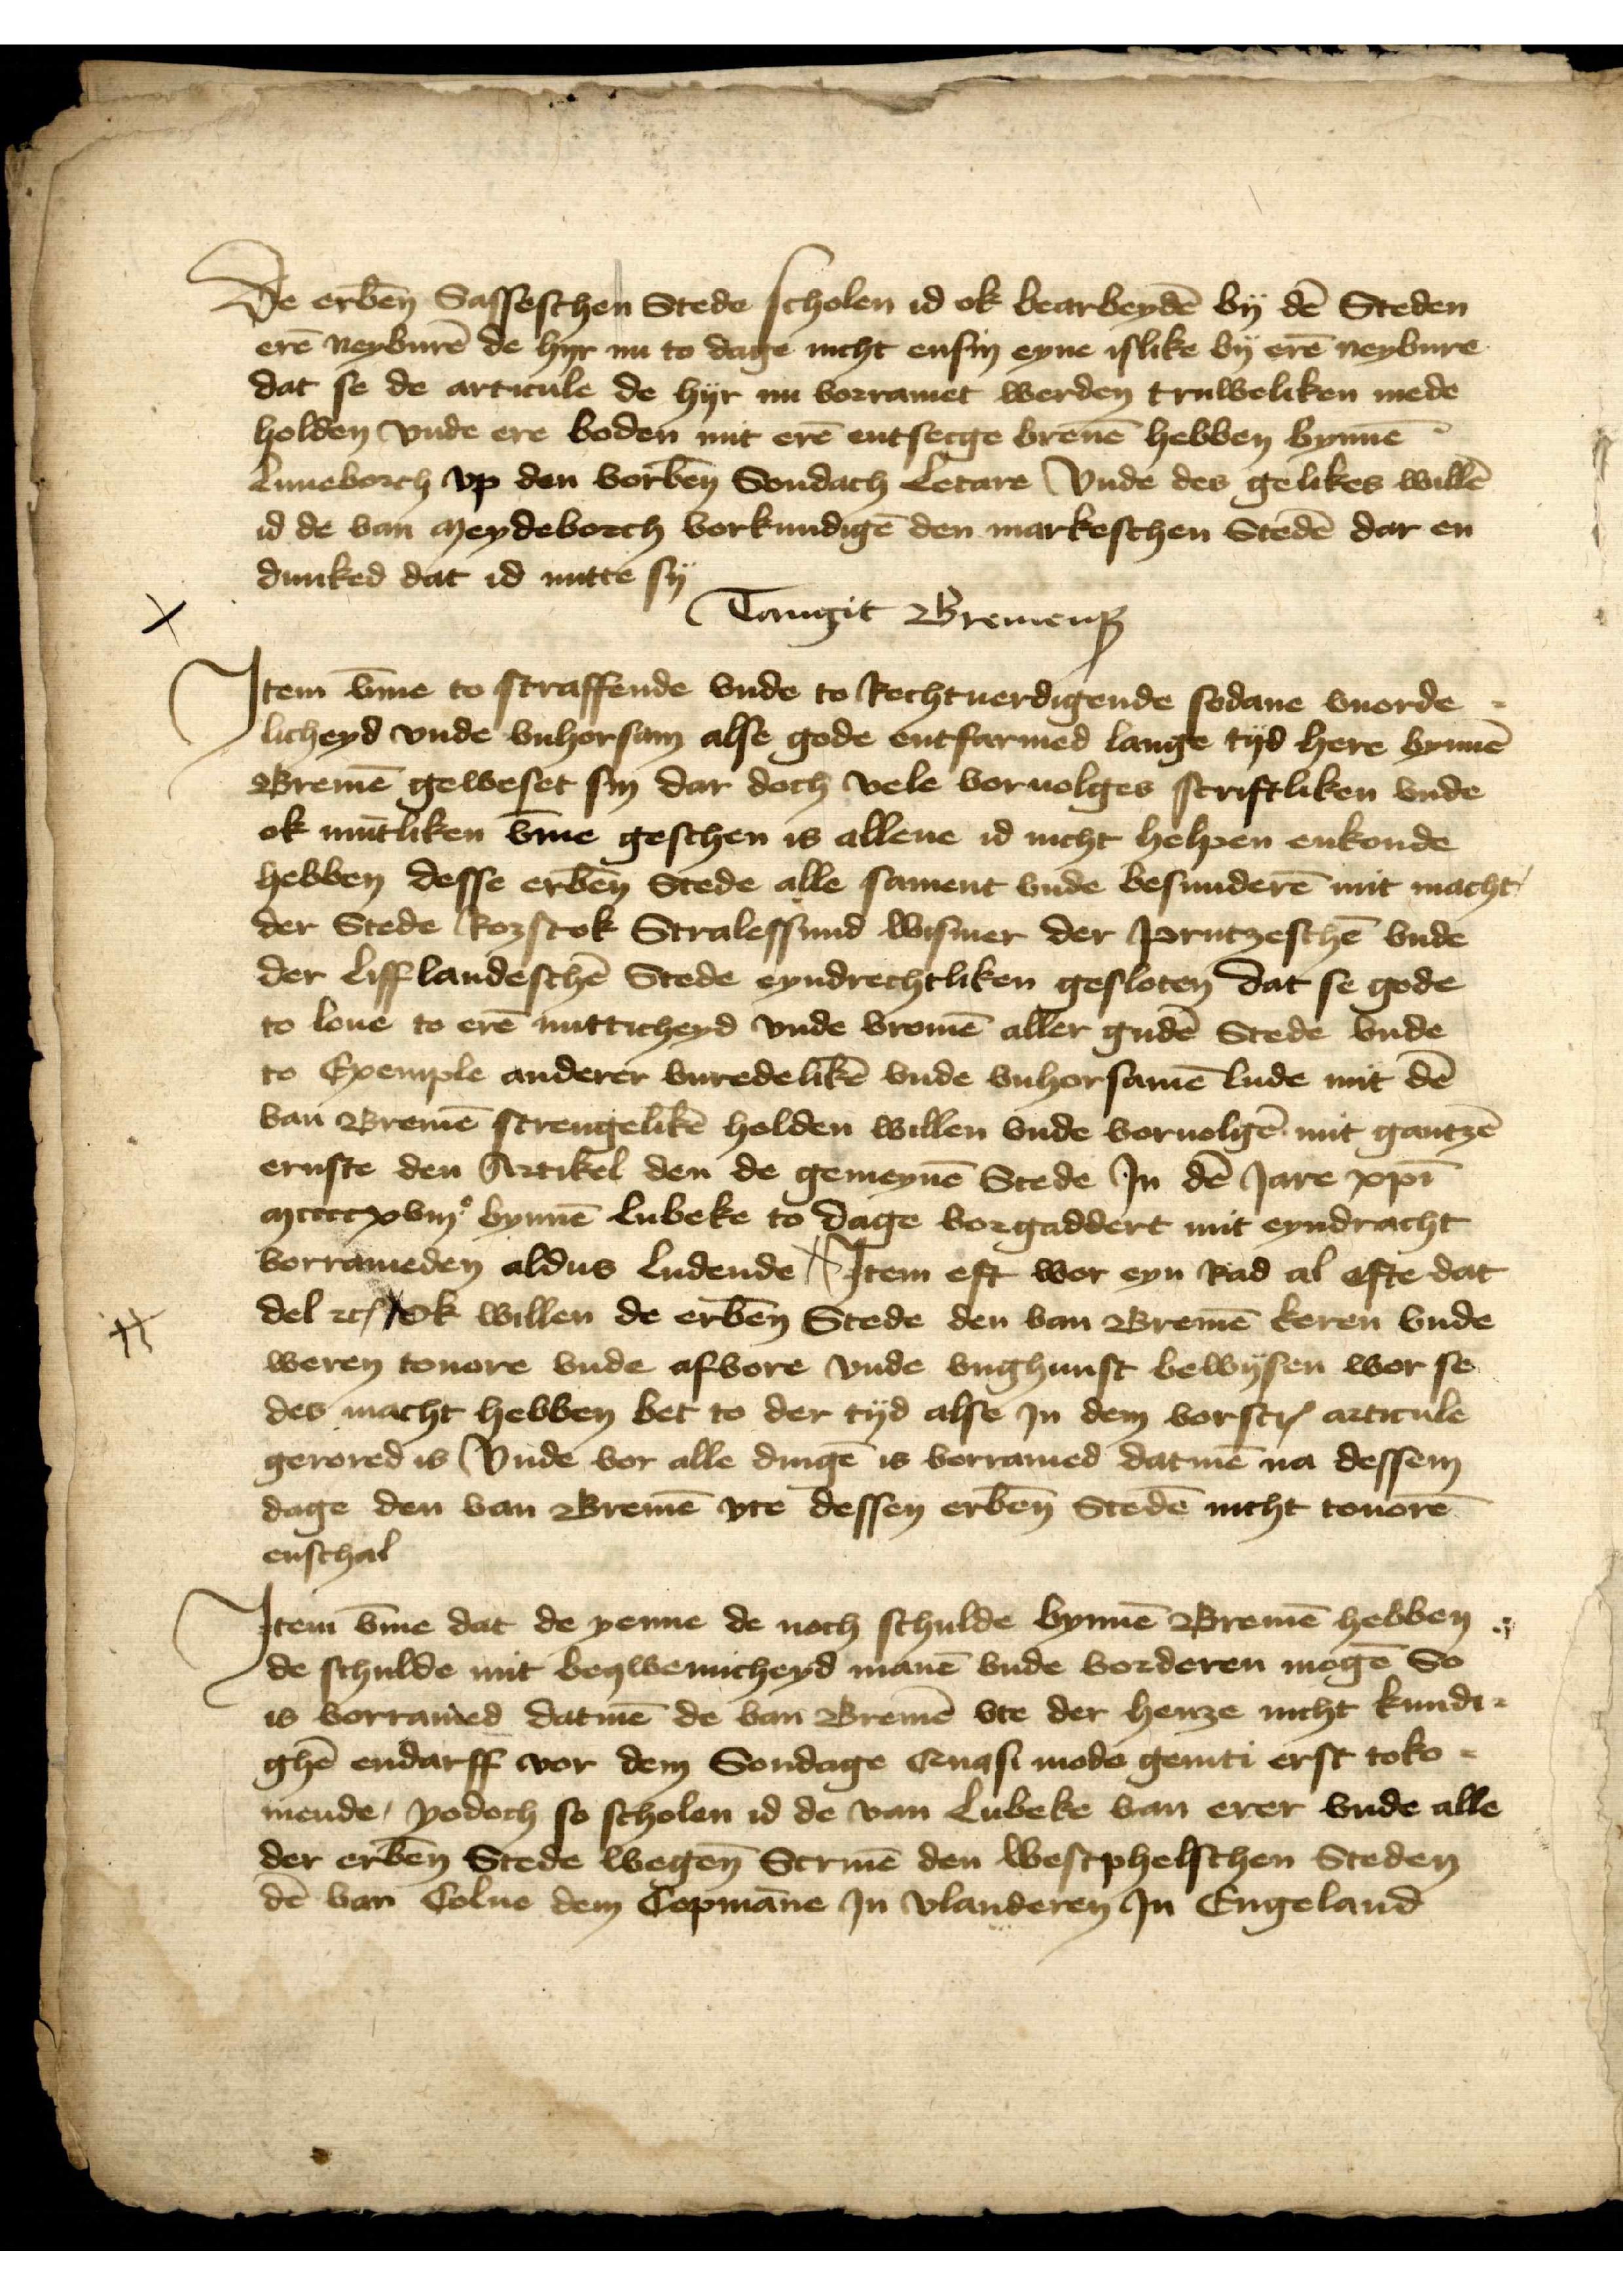
De erbenomden Sasseschen Stede scholen id ok bearbeyden by den Steden
eren neyburen de hyr nu to dage nicht ensin eyne islike by eren neybure
dat se de articule de hyr nu vorramet werden truweliken mede
holden vnde ere boden mit eren entsecge breuen hebben bynnen
Luneborch vp den vorbenomden Sondach Letare vnde des gelikes willen
id de van Meydeborch vorkundigen den markeschen Steden dar en
dunked dat id nutte sy

Tangit Bremensis
Jtem vmme to straffende vnde to Rechtuerdigende sodane vnorde¬
licheyd vnde vnhorsam alse gode entfarmed lange tyd here bynnen
Bremen geweset sin dar doch vele voruolges scriftliken vnde
ok muntliken vmme geschen is allene id nicht helpen enkonde
hebben desse erbenomden Stede alle sament vnde besunderen mit macht
der Stede Rozstok Stralessund Wismer der prutzeschen vnde
der lifflandeschen Stede eyndrechtliken gesloten dat se gode
to loue to eren nutticheyd vnde vromen aller guden Stede vnde
to Exempele anderer vnreddeliken vnde vnhorsamen lude mit den
van Bremen strengeliken holden willen vnde voruolgen mit gantzem
ernste den Artikel den de gemeynen Stede Jn den Jare christi
mcccxviijc bynnen Lubeke to dage vorgaddert mit eyndracht
vorrameden aldus ludende Jtem eft wor eyn Rad all effte dat
del etcetera ok willen de erbenomden Stede den van Bremen keren vnde
weren touore vnde afvore vnde vnghunst bewysen wor se
des macht hebben bet to der tyd alse in dem vorscreuen articule
gerored is vnde vor alle dingen is vorramed datmen na dessem
dage den van Bremen vte dessen erbenomden Steden nicht touoren
enschal

Jtem v̄me dat de yenne de noch schulde bynnē Bremē hebben
de schulde mit bewenicheyd manē vnde vorderen mogē So
is vorramed datmē de van Bremē vte der henze nicht kundi¬
ghē endarff vor dem Sondage Quasi modo geniti erst toko¬
mende, yodoch so scholen id de van Lubeke van erer vnde alle
der erben̄ Stede wegen̄ Scriuē den westpheleschen Steden
dē van Colne dem Copmāne in Vlanderen Jn Engeland